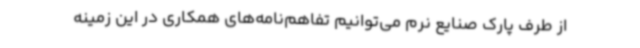
از طرف پارک صنایع نرم می‌توانیم تفاهم‌نامه‌های همکاری در این زمینه